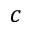
c